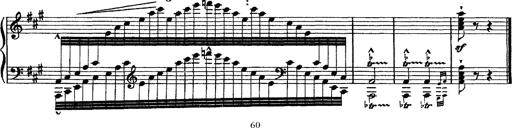
Title: Ã‰tudes d'exÃ©cution transcendante d'aprÃ¨s Paganini
Composer: Franz Liszt